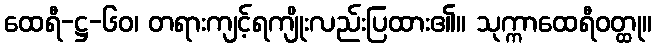
ထေရီ-ဋ္ဌ-၆၀၊ တရားကျင့်ရကျိုးလည်းပြထား၏။ သုက္ကာထေရီဝတ္ထု။